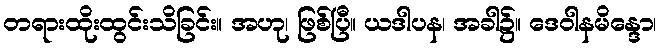
တရားထိုးထွင်းသိခြင်း။ အဟု၊ ဖြစ်ပြီ။ ယဒါပန၊ အခါ၌။ ဒေဝါနမိန္ဒော၊